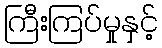
ကြီးကြပ်မှုနှင့်